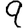
Digit: 9